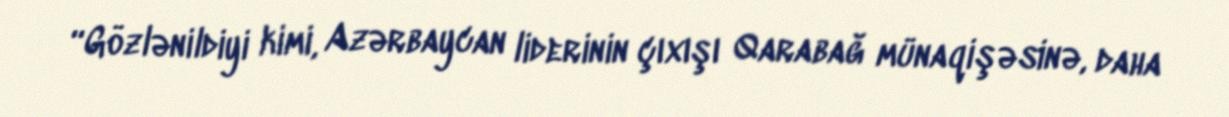
“Gözlənildiyi kimi, Azərbaycan liderinin çıxışı Qarabağ münaqişəsinə, daha